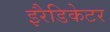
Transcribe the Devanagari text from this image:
इरैडिकेटर